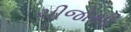
ચીજોથી